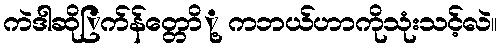
ကဲဒါဆိုြက်န်တ္တောို့ ကဘယ်ဟာကိုသုံးသင့်လဲ။